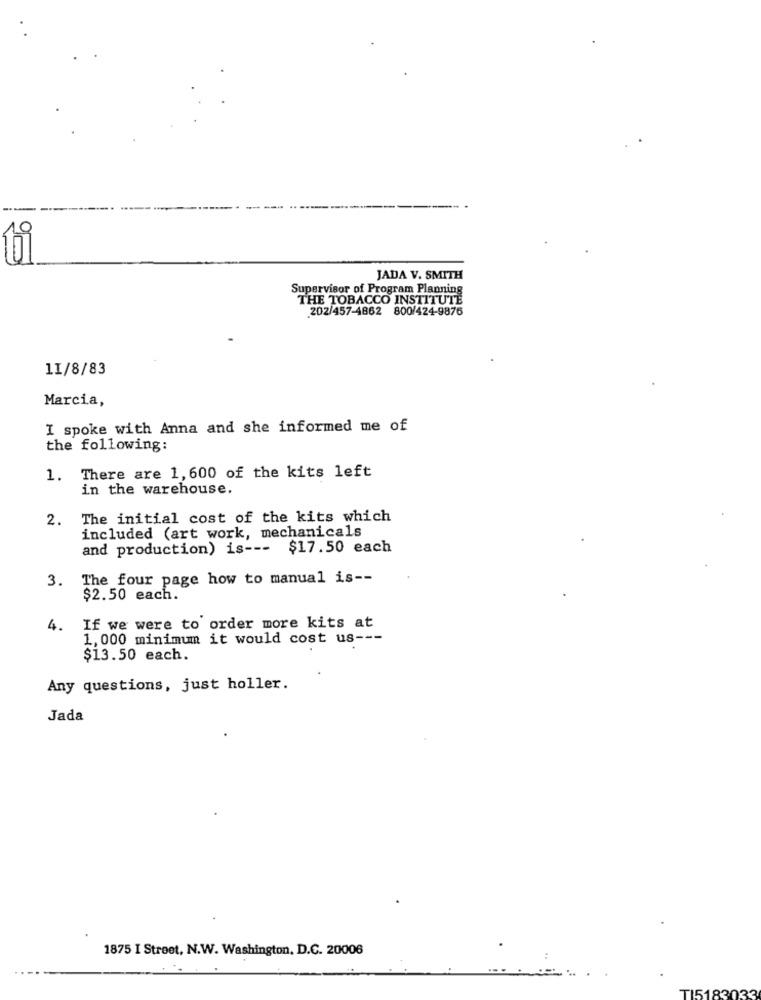
JADA V. SMITH
Supervisor of Program Planning
THE TOBACCO INSTITUTE
202/457-4862 800/424-9876
11/8/83
Marcia,
I spoke with Anna and she informed me of
the following:
1. There are 1,600 of the kits left
in the warehouse.
2.
The initial cost of the kits which
included (art work, mechanicals
and production) is ---
$17.50 each
3.
The four page how to manual is --
$2.50 each.
4.
If we were to order more kits at
1,000 minimum it would cost us ---
$13.50 each.
Any questions, just holler.
Jada
1875 I Street, N.W. Washington, D.C. 20006
TI5183033